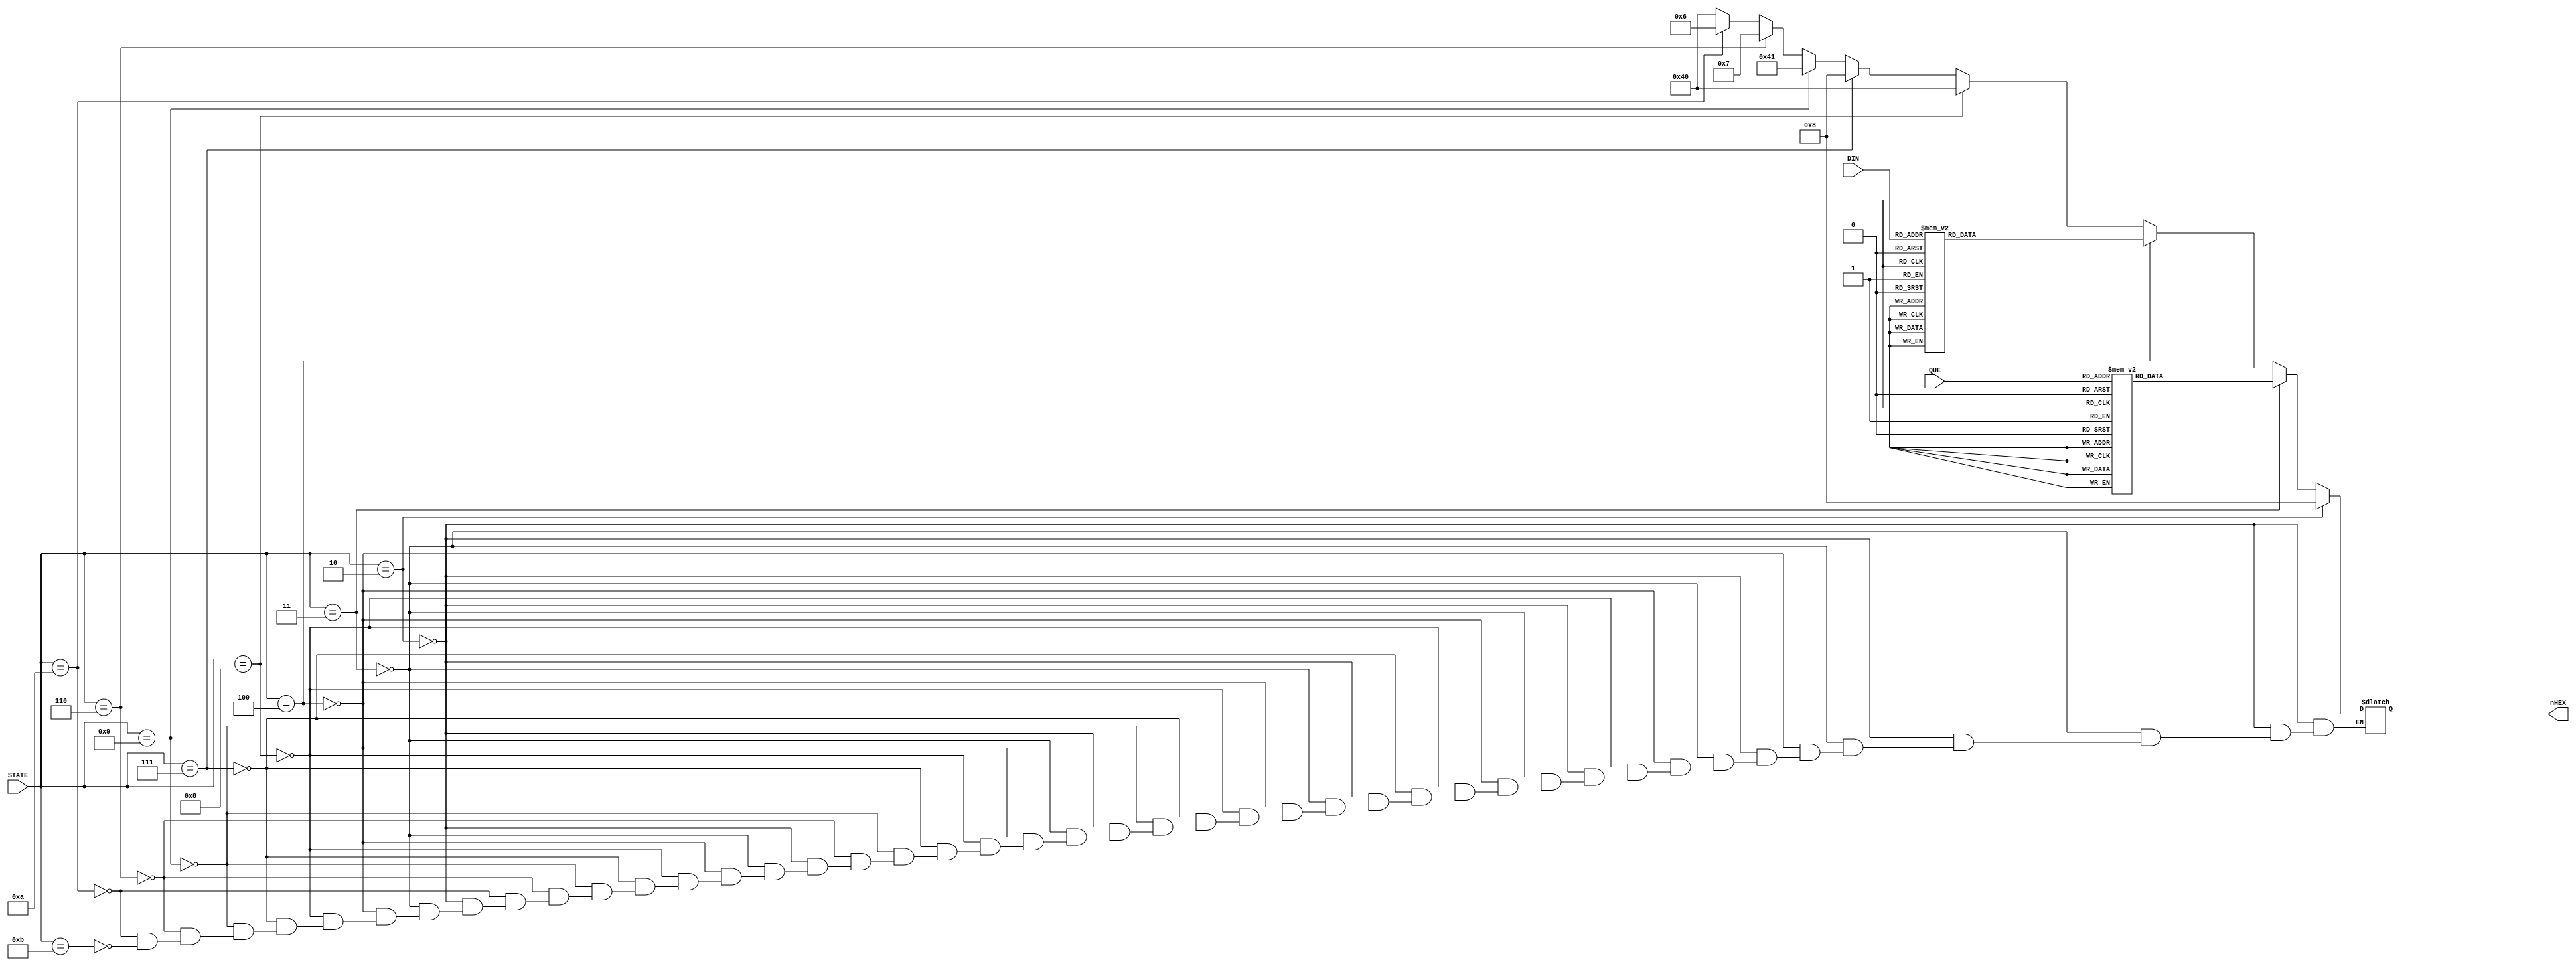
module SEG7DEC_3(//
     //input CLK,
     input [3:0] STATE,
     input [3:0] DIN,//SEG_Q??4bit????????
     input [3:0] QUE,
     output reg [6:0] nHEX
);

always @* begin
    if(STATE == 4'b0010)begin//READY
        nHEX = 7'b0001000;//A
    end 

    else if(STATE == 4'b0011)begin//QUESTION
        case(QUE)
            4'h0:	nHEX = 7'b1000000;
            4'h1:	nHEX = 7'b1111001;
            4'h2:	nHEX = 7'b0100100;
            4'h3:	nHEX = 7'b0110000;
            4'h4:	nHEX = 7'b0011001;
            4'h5:	nHEX = 7'b0010010;
            4'h6:	nHEX = 7'b0000010;
            4'h7:	nHEX = 7'b1011000;
            4'h8:	nHEX = 7'b0000000;
            4'h9:	nHEX = 7'b0010000;
            default:nHEX = 7'b1111111;
        endcase
    end
    else if(STATE == 4'b0100)begin//INPUT
        case(DIN)
            4'h0:	nHEX = 7'b0111111;//??
            4'h1:	nHEX = 7'b0100100;//2
            4'h2:	nHEX = 7'b0110000;//3
            4'h3:	nHEX = 7'b0010010;//5
            4'h4:	nHEX = 7'b1011000;//7
            4'h5:	nHEX = 7'b1111001;//1
            4'h6:	nHEX = 7'b0110000;//3
            4'h7:	nHEX = 7'b1011000;//7
            4'h8:	nHEX = 7'b0010000;//9
            4'h9:	nHEX = 7'b0110000;//3
            default:nHEX = 7'b1111111;//?????
        endcase
    end
    else if(STATE == 4'b1000)begin//GOOD
        nHEX = 7'b1000000;//O
    end
    else if(STATE == 4'b0111)begin//WRONG(Fail)
        nHEX = 7'b0001000;//A
    end
    else if(STATE == 4'b1001)begin//OUCH
        nHEX = 7'b1000001;//U
    end
    else if(STATE == 4'b0110)begin//DRAW(tie)
        nHEX = 7'b0000111;//t
    end
    else if(STATE == 4'b1010)begin//WIN(beat)
        nHEX = 7'b0000110;//E
    end
    else if(STATE == 4'b1011)begin//LOSE
        nHEX = 7'b1000000;//O
    end
end


/*always @* begin
    case(STATE)
        4'b0010 : nHEX = 7'b1111011;
        4'b0011 : //nHEX = 7'b1000110;
            case(QUE)
                4'h0:	nHEX = 7'b1000000;
                4'h1:	nHEX = 7'b1111001;
                4'h2:	nHEX = 7'b0100100;
                4'h3:	nHEX = 7'b0110000;
                4'h4:	nHEX = 7'b0011001;
                4'h5:	nHEX = 7'b0010010;
                4'h6:	nHEX = 7'b0000010;
                4'h7:	nHEX = 7'b1011000;
                4'h8:	nHEX = 7'b0000000;
                4'h9:	nHEX = 7'b0010000;
                //default:nHEX = 7'b1111111;
            endcase
        4'b0100 :
            case(DIN)
                4'h0:	nHEX = 7'b0111111;//??
                4'h1:	nHEX = 7'b0100100;//2
                4'h2:	nHEX = 7'b0110000;//3
                4'h3:	nHEX = 7'b0010010;//5
                4'h4:	nHEX = 7'b1011000;//7
                4'h5:	nHEX = 7'b1111001;//1
                4'h6:	nHEX = 7'b0110000;//3
                4'h7:	nHEX = 7'b1011000;//7
                4'h8:	nHEX = 7'b0010000;//9
                4'h9:	nHEX = 7'b0110000;//3
                //default:nHEX = 7'b1111111;//?????
            endcase
    endcase
    
end*/





endmodule